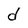
Character: d